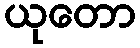
ယုတော